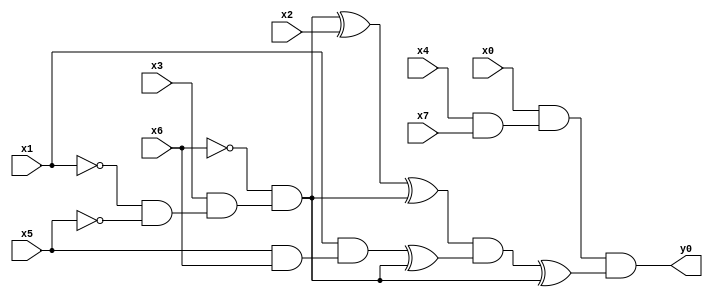
module top( x0 , x1 , x2 , x3 , x4 , x5 , x6 , x7 , y0 );
  input x0 , x1 , x2 , x3 , x4 , x5 , x6 , x7 ;
  output y0 ;
  wire n9 , n10 , n11 , n12 , n13 , n14 , n15 , n16 , n17 , n18 , n19 , n20 , n21 ;
  assign n9 = x4 & x7 ;
  assign n10 = x0 & n9 ;
  assign n11 = ~x1 & ~x5 ;
  assign n12 = x3 & n11 ;
  assign n13 = ~x6 & n12 ;
  assign n14 = n13 ^ x2 ;
  assign n15 = n14 ^ n13 ;
  assign n16 = x5 & x6 ;
  assign n17 = x1 & n16 ;
  assign n18 = n17 ^ n13 ;
  assign n19 = n15 & n18 ;
  assign n20 = n19 ^ n13 ;
  assign n21 = n10 & n20 ;
  assign y0 = n21 ;
endmodule